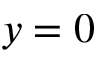
y = 0